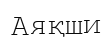
Аяқши